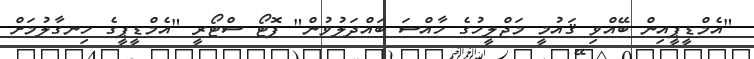
"އެމްޑީޕީއިން ބޭއްވި ޤައުމީ މަޖްލީހުގެ ހާއްސަ ބައްދަލުވުން" ފޮޓޯ ސްޓޯރީ "އެމްޑީޕީގެ ހިނގާލުމަށް